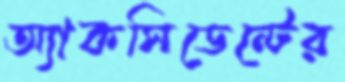
অ্যাকসিডেন্টের